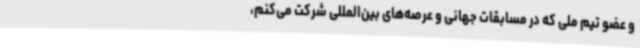
و عضو تیم ملی که در مسابقات جهانی و عرصه‌های بین‌المللی شرکت می‌کنم،